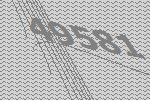
49581